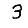
Digit: 3